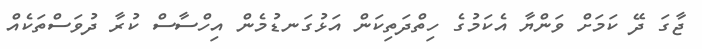
ޖާގަ ދޭ ކަމަށް ވަންޔާ އެކަމުގެ ހިތްދަތިކަން އަޅުގަނޑުމެން އިހްސާސް ކުރާ ދުވަސްތަކެއް